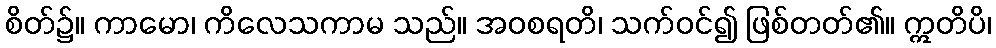
စိတ်၌။ ကာမော၊ ကိလေသကာမ သည်။ အဝစရတိ၊ သက်ဝင်၍ ဖြစ်တတ်၏။ ဣတိပိ၊